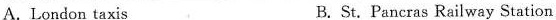
A. London taxis B. St. Pancras Railway Station